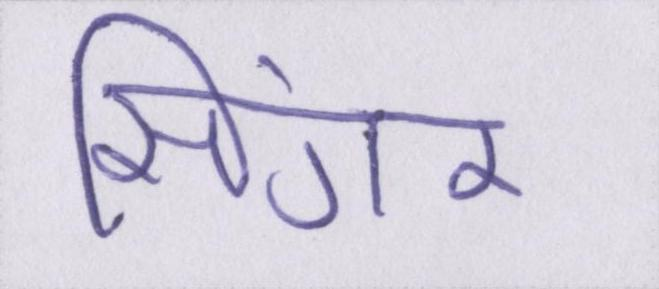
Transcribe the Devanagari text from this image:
सिंगर